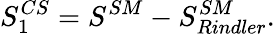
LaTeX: S_{1}^{CS}=S^{SM}-S_{Rindler}^{SM}.